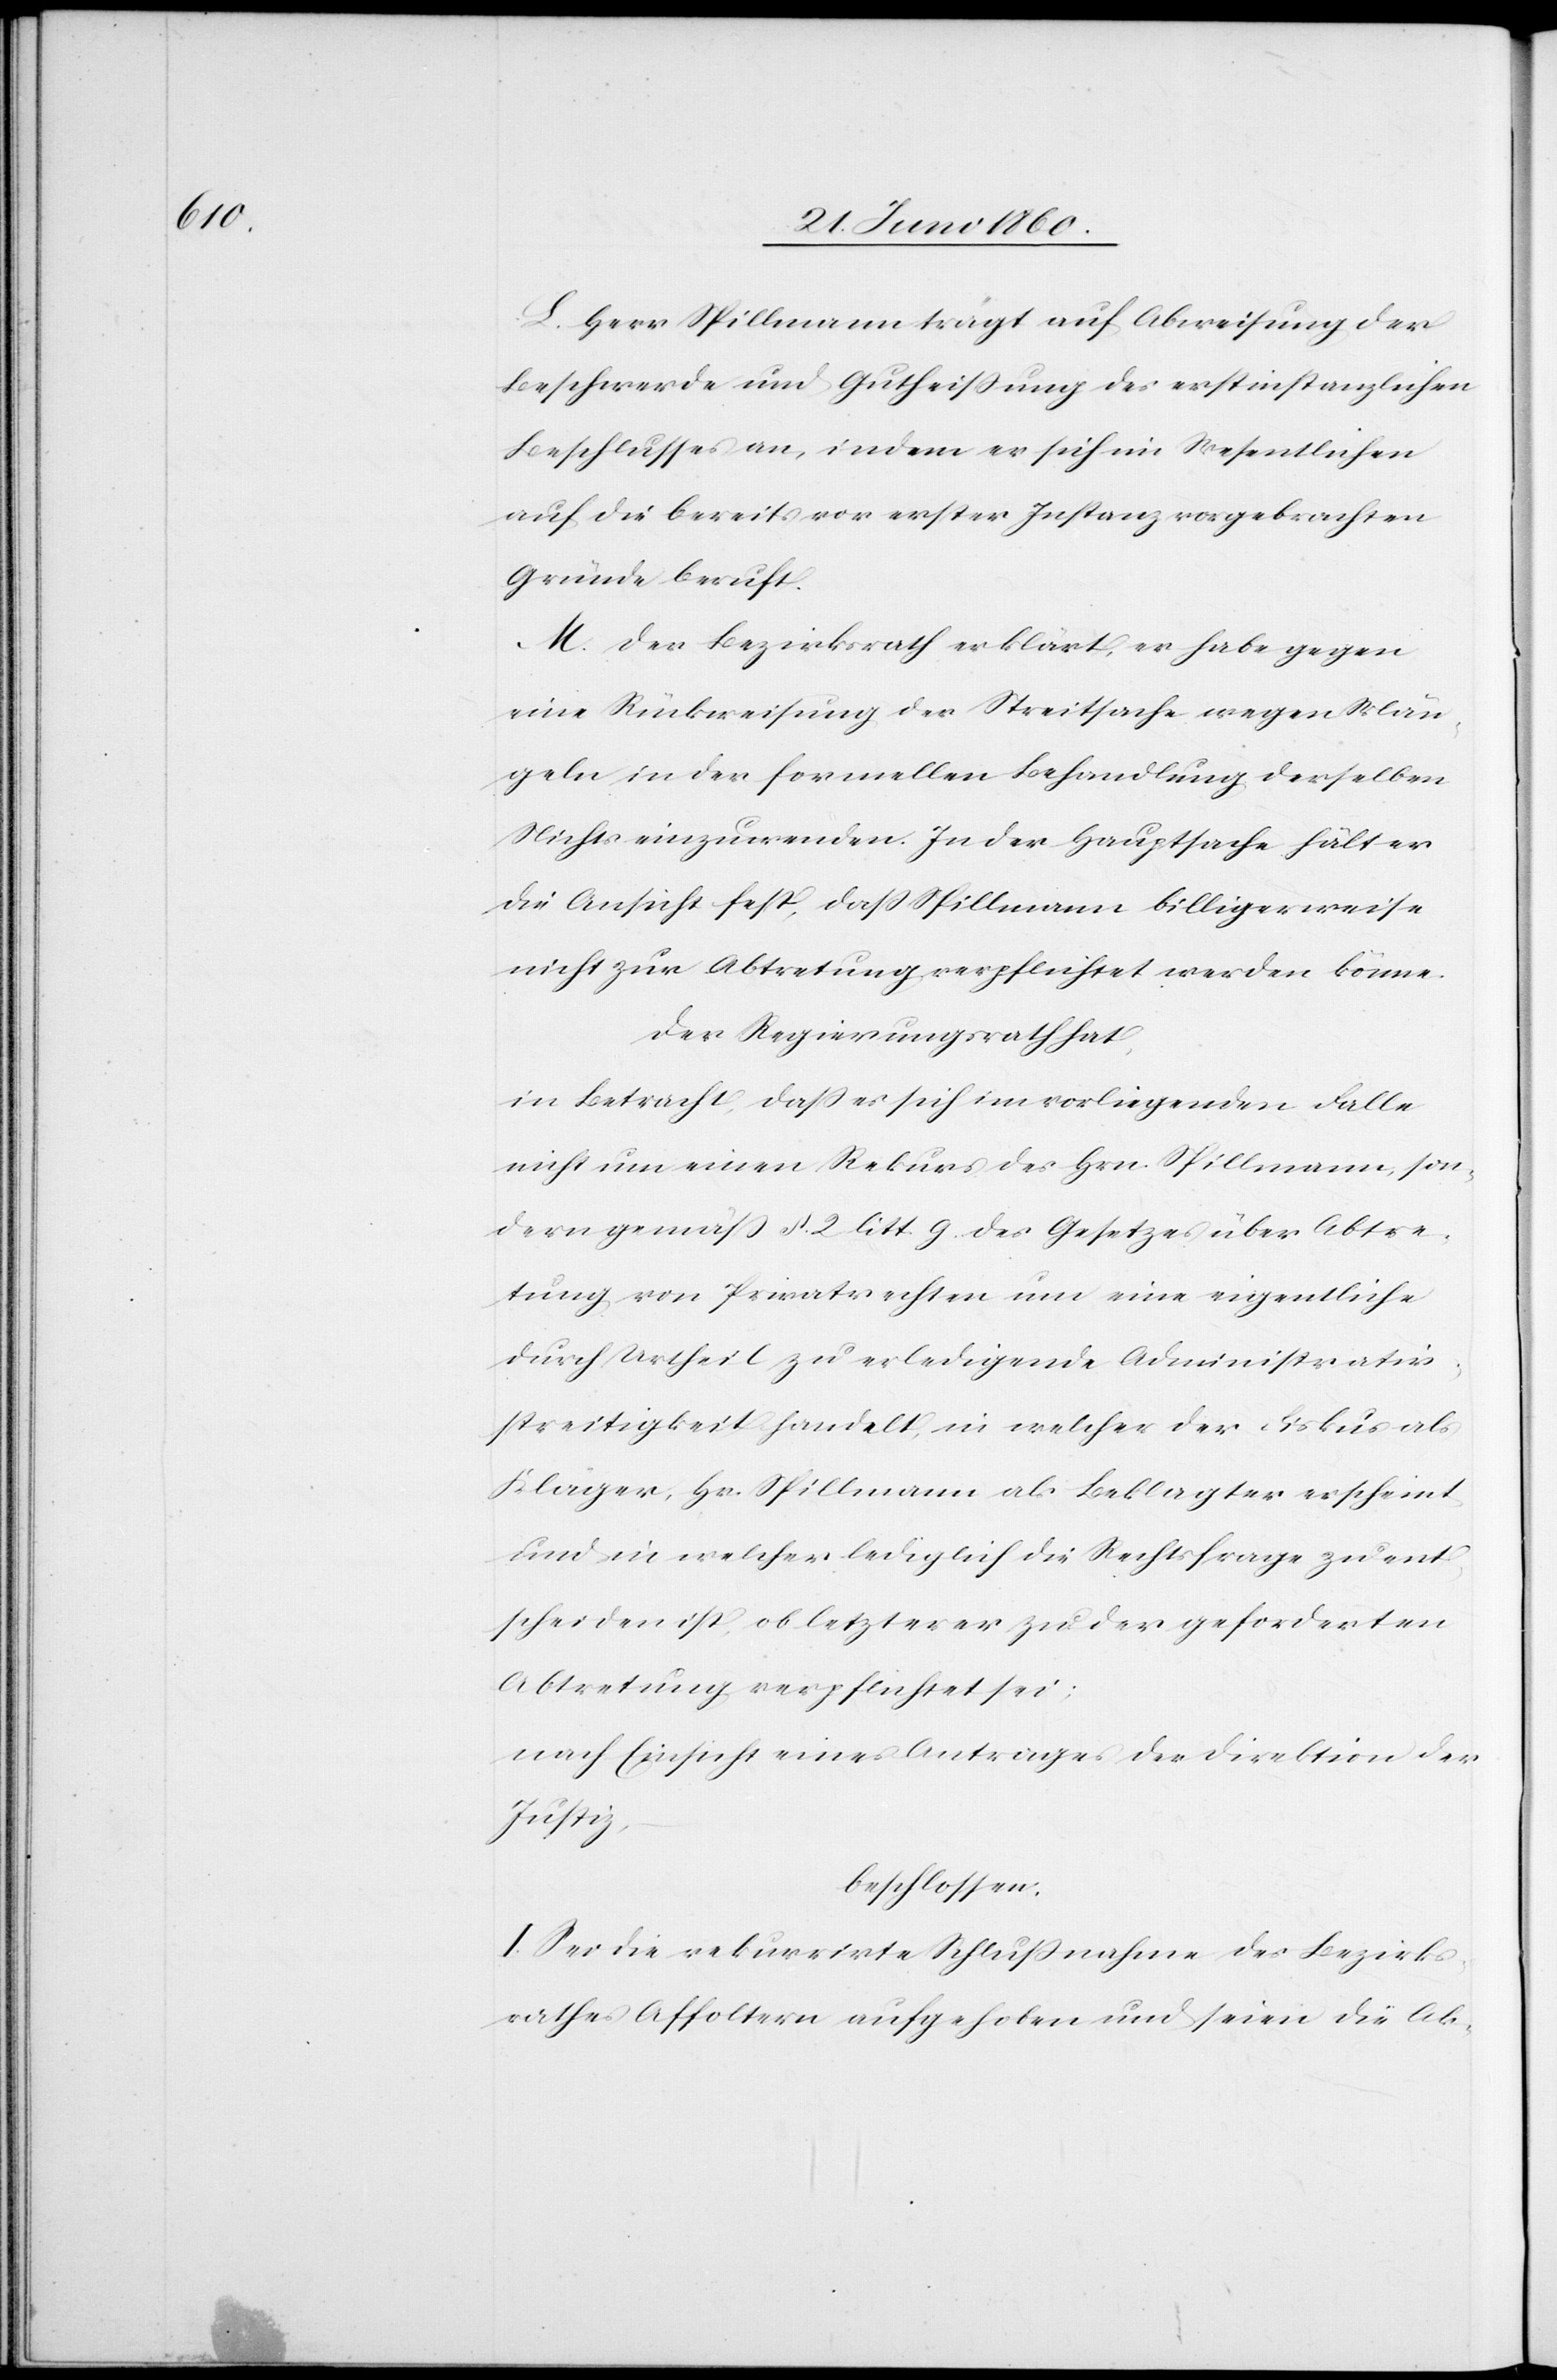
L. Herr Spillmann trägt auf Abweisung der
Beschwerde und Gutheißung des erstinstanzlichen
Beschlusses an, indem er sich im Wesentlichen
auf die bereits vor erster Instanz vorgebrachten
Gründe beruft.
M. Der Bezirksrath erklärt, er habe gegen
eine Rückweisung der Streitsache wegen Män¬
geln in der formellen Behandlung derselben
Nichts einzuwenden. In der Hauptsache hält er
die Ansicht fest, dass Spillmann billigerweise
nicht zur Abtretung verpflichtet werden könne.
Der Regierungsrath hat;
in Betracht, daß es sich im vorliegenden Falle
nicht um einen Rekurs des Hrn. Spillmann, son¬
dern gemäss §. 2. litt. g. des Gesetzes über Abtre¬
tung von Privatrechten um eine eigentliche
durch Urtheil zu erledigende Administrativ¬
streitigkeit handelt, in welcher der Fiskus als
Kläger, Hr. Spillmann als Beklagter erscheint
und in welcher lediglich die Rechtsfrage zu ent¬
scheiden ist, ob letzterer zu der geforderten
Abtretung verpflichtet sei;
nach Einsicht eines Antrages der Direktion der
Justiz,
beschlossen:
I. Sei die rekurrirte Schlussnahme des Bezirks¬
rathes Affoltern aufgehoben und seien die Ak-